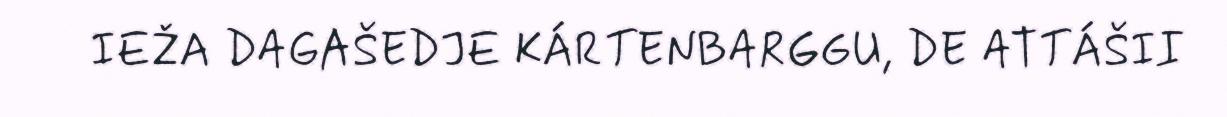
IEŽA DAGAŠEDJE KÁRTENBARGGU, DE ATTÁŠII